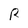
Character: R